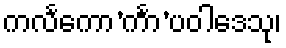
ကလင်္ကော’င်္ကာ’ပဝါဒေသု၊